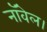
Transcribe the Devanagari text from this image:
नाॅवेल।